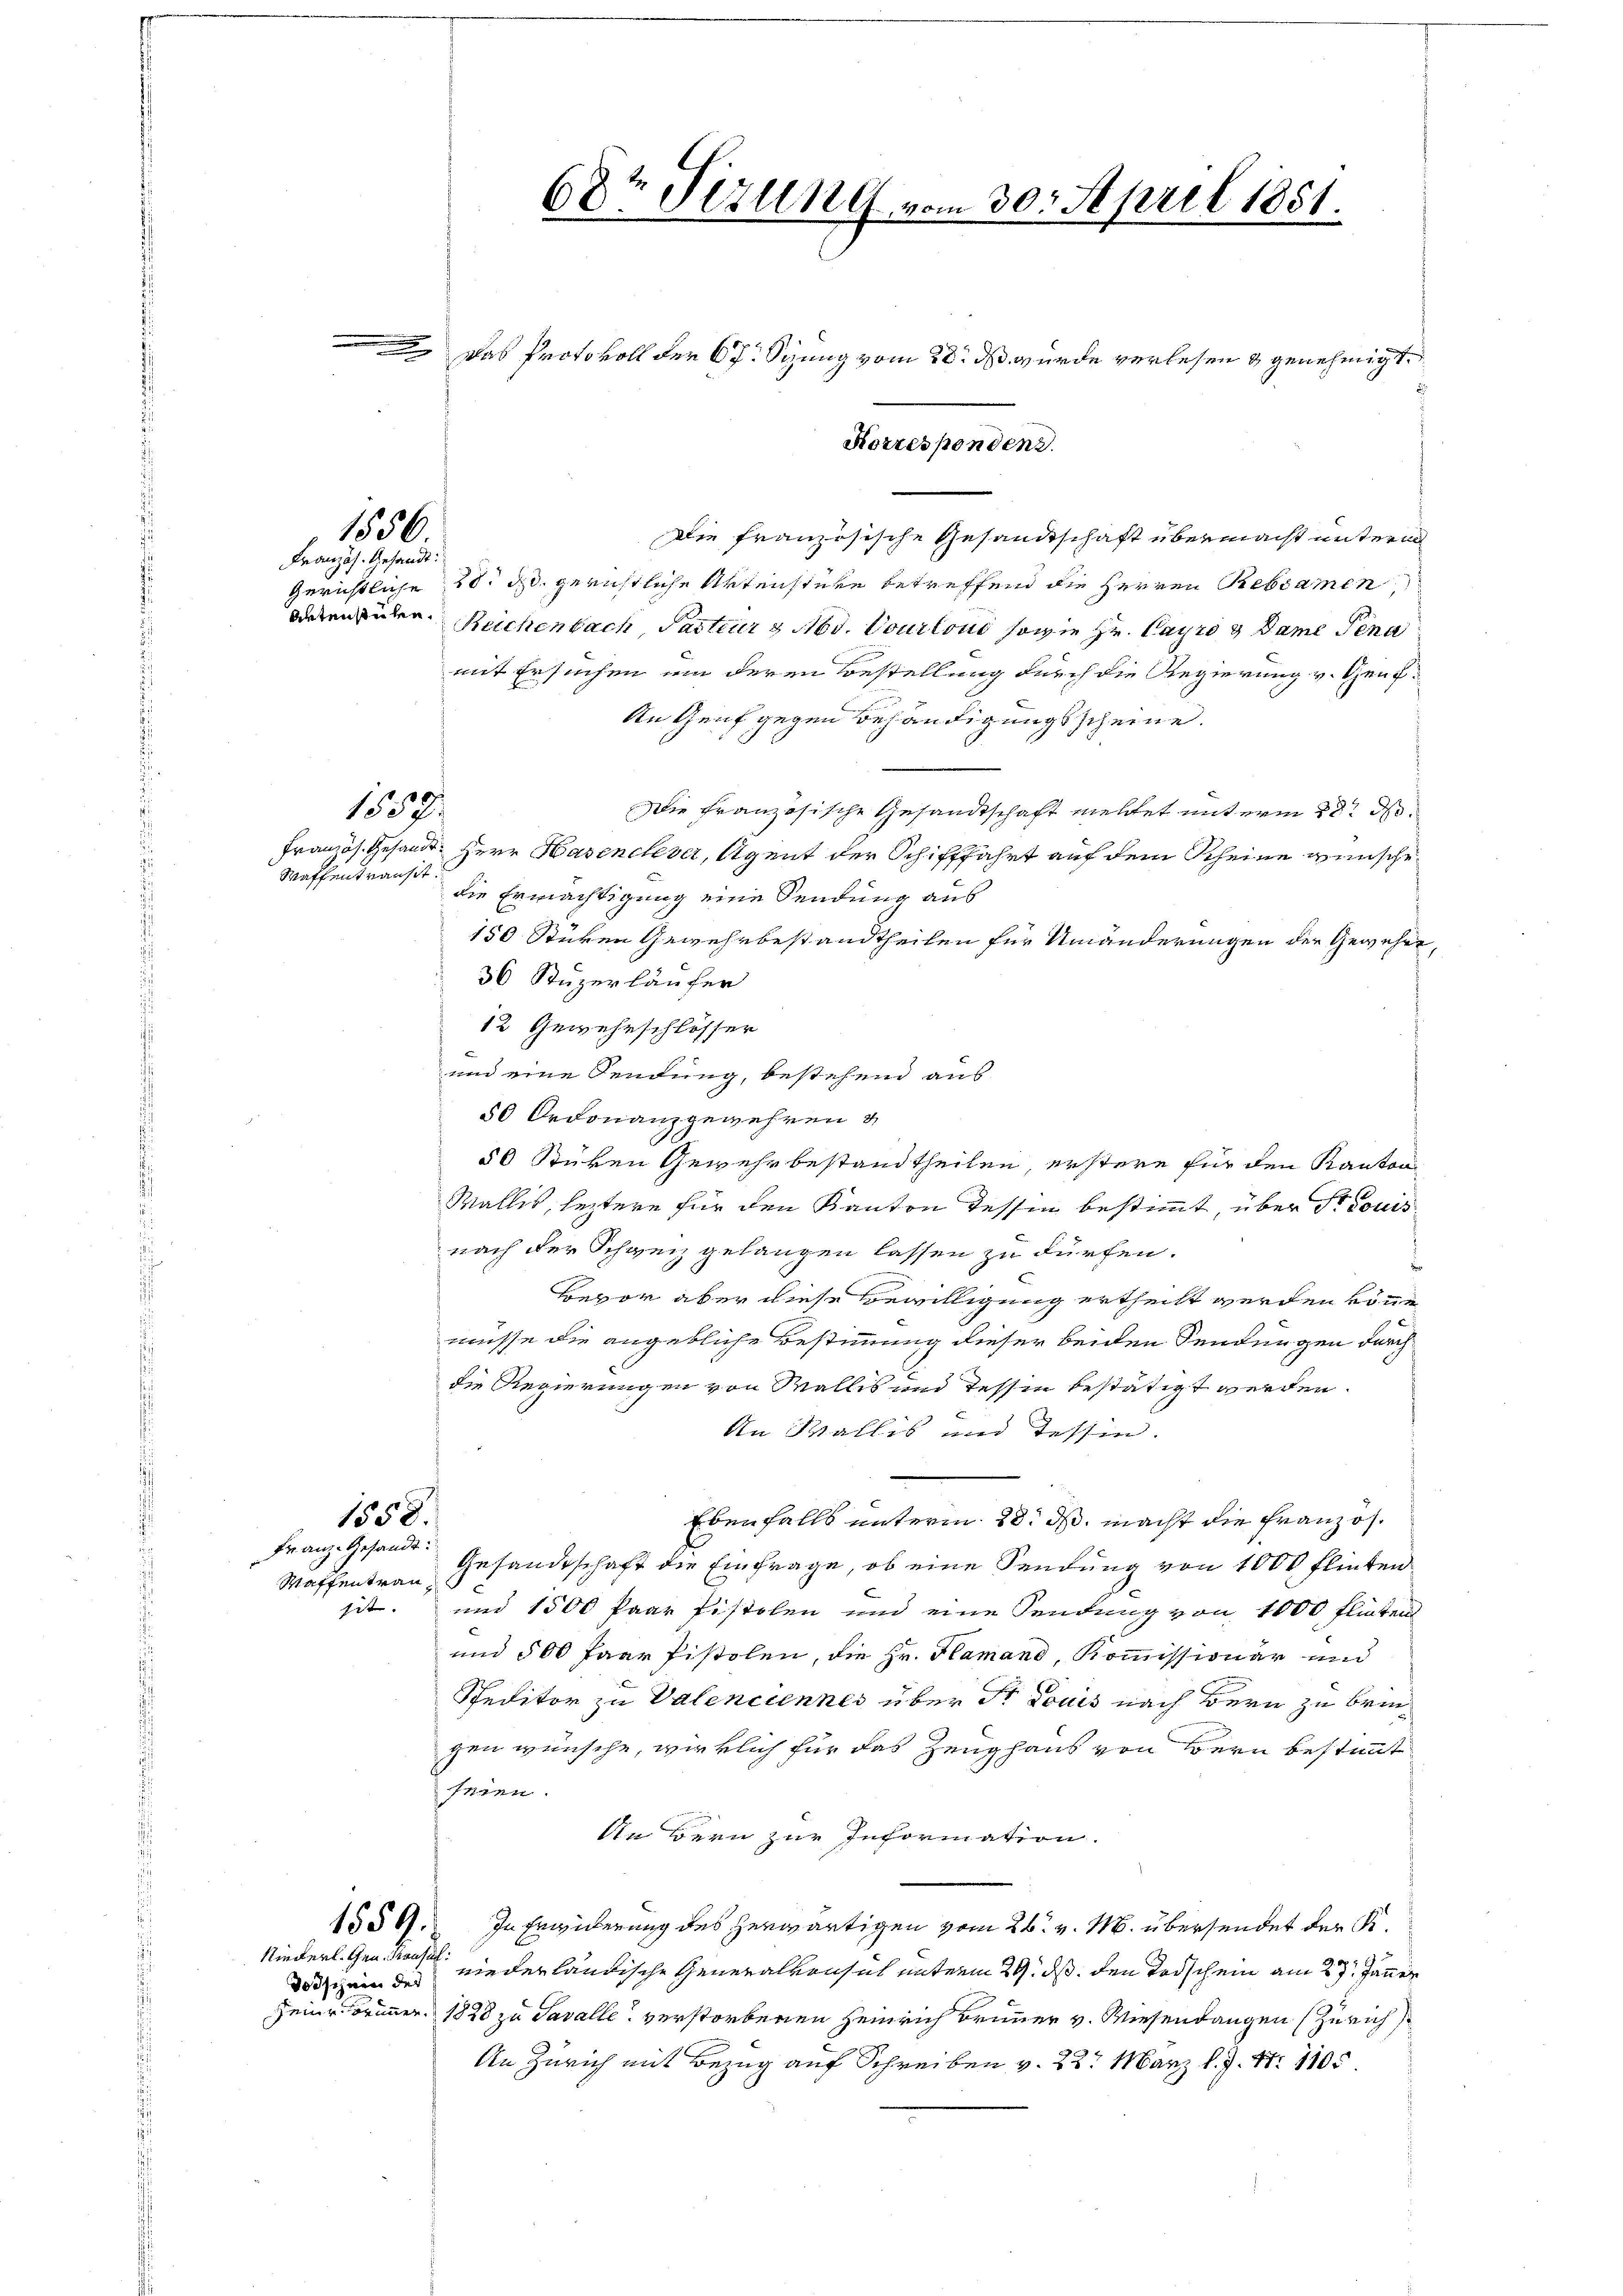
Französ. Gesandt:

1556

Waffentranst

1337/

Franz- Gesandt:
Waffentrau

Todschein des

Das Protokoll der 67. Sizung vom 28. dß wurde verlesen & genehmigt.
Korresponden.
Die französische Gesandtschaft übermacht unterm
Gerichtliche 50. d. gerichtliche Urteistere betreffend die Herren Rebsamen,
wesen güten. Reichenbach Pacteur & Nbv. Pourlono sowie Hr. Payr & Dame Sena
mit Ersuchen um deren Bestellung durch die Regierung v. Heuf¬
An Genf gegen Behändigungsscheine.
Die Französische Gesandtschaft mettet unterm 28t d.
Französ. Gesandt. Herr Hasenchever, Agent der Schifffahrt auf dem Scheine wünsche
die Ermächtigung eine Sendung aus
150 Stüren Gewehrbestandtheilen für Umänderungen der Gewehre,
36 Stuzerläufer
12 Gewehrschlösser
und eine Sendung, bestehend aus
50 Ordonanzgewehren &
50 Stüken Gewehr bestandtheilen, erstere für den Kanton
Wallis, leztere für den Kanton Tessin bestimmt, über dr Louis
nach der Schweiz gelangen lassen zu dürfen.
Bevor aber diese Bewilligung ertheilt werden könne,
müsse die angebliche Bestimmung dieser beiden Sendungen durch
die Regierungen von Wallis und Tessin bestätigt werden.
An Wallis und Tessin.
1558.
Ebenfalls unterm 28. d. macht die Französ.
Gesandtschaft die Einfrage, ob eine Sendung von 1000 Flinten
sit. und 1500 Paar Pistolen und eine Sendung von 1000 Flinten
und 500 Paar Pistolen, die Hr. Hamand, Kommissionär und
Speditor zu Valenciennes über St. Louis nach Bern zu bringen wünsche, wirklich für das Zeughaus von Bern bestimmt
feren.
In Bern zur Information.
1559. In Erwiderung des herwärtigen vom 26. v. M. übersendet der K.
Riederl. Gen. Konsul
nieder ländische Generalkonsul unterm 29. ds. den Todschein am 27. Jänner
seine Former 1828 zu Savalle verstorbenen Heinrich Brunner v. Wiesendangen (Zürich
An Zürich mit Bezug auf Schreiben v. 22. März l. J. N. 1105.

.

68r Sizung vom 30. April 1851.